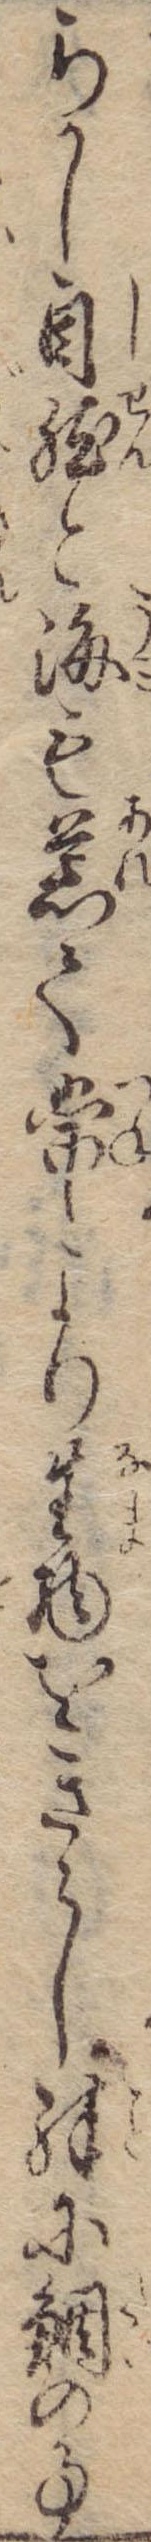
らかし自然と海も荒て常より生物をきらし殊に鯛の事